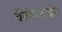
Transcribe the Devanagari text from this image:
वैलेनटाईन